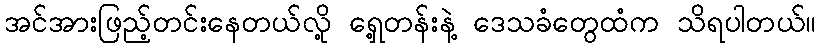
အင်အားဖြည့်တင်းနေတယ်လို့ ရှေ့တန်းနဲ့ ဒေသခံတွေထံက သိရပါတယ်။